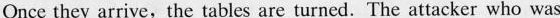
Once they arrive,\underline{the tables are turned}. The attacker who was